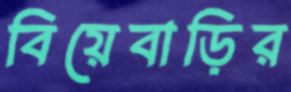
বিয়েবাড়ির